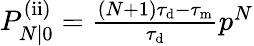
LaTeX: \begin{array}{r}{P_{N|0}^{\mathrm{(ii)}}=\frac{(N+1)\tau_{\mathrm{d}}-\tau_{\mathrm{m}}}{\tau_{\mathrm{d}}}p^{N}}\end{array}